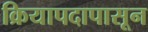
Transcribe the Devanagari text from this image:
क्रियापदापासून